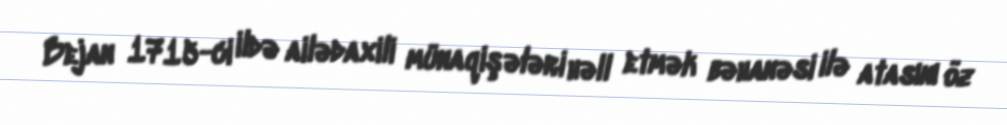
Bejan 1715-ci ildə ailədaxili münaqişələri həll etmək bəhanəsi ilə atasını öz